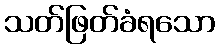
သတ်ဖြတ်ခံရသော